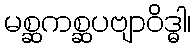
မစ္ဆကစ္ဆပဗျာဝိဒ္ဓါ၊